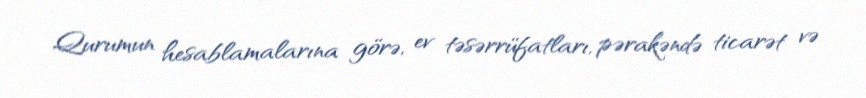
Qurumun hesablamalarına görə, ev təsərrüfatları, pərakəndə ticarət və